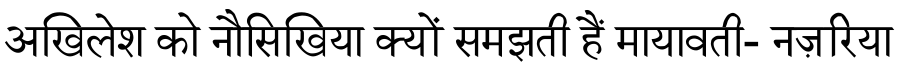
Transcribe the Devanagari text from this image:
अखिलेश को नौसिखिया क्यों समझती हैं मायावती- नज़रिया